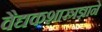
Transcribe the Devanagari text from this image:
वैद्यकशास्त्रज्ञाने